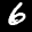
Label: 6